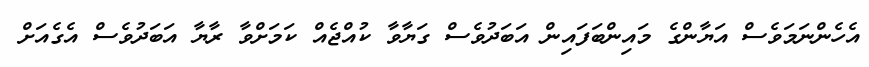
އެހެންނަމަވެސް އަޔާންގެ މައިންބަފައިން އަބަދުވެސް ގަޔާވާ ކުއްޖެއް ކަމަށްވާ ރާޔާ އަބަދުވެސް އެގެއަށް